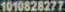
1010828277